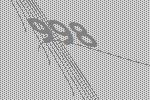
998